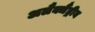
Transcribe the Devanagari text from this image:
अलैक्जैंड्रीय